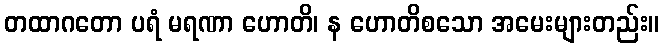
တထာဂတော ပရံ မရဏာ ဟောတိ၊ န ဟောတိစသော အမေးများတည်း။